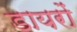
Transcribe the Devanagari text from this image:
डायरों